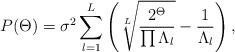
LaTeX: \begin{align*}P(\Theta)=\sigma^2\sum_{l=1}^L\left(\sqrt[L]{\frac{2^\Theta}{\prod{\Lambda}_l}}-\frac{1}{{\Lambda}_l}\right),\end{align*}